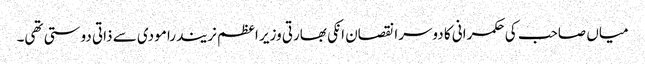
میاں صاحب کی حکمرانی کا دوسرا نقصان انکی بھارتی وزیر اعظم نریندرا مودی سے ذاتی دوستی تھی۔